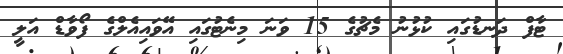
ޓާފް ދަނޑުގައި ކުޅުނު މެޗުގެ 15 ވަނަ މިނެޓުގައި އޭވައިއެލްގެ ފޯވާޑް އަލީ